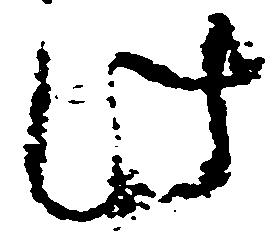
此